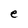
Character: e